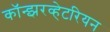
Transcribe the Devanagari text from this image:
कॉन्झरव्हेटरियन